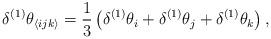
LaTeX: \begin{align*}\delta^{(1)} \theta_{\langle ijk \rangle}= \frac{1}{3} \left(\delta^{(1)} \theta_i + \delta^{(1)} \theta_j + \delta^{(1)} \theta_k \right),\end{align*}